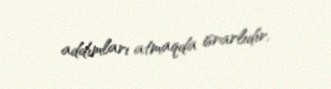
addımları atmaqda israrlıdır.